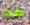
هذا